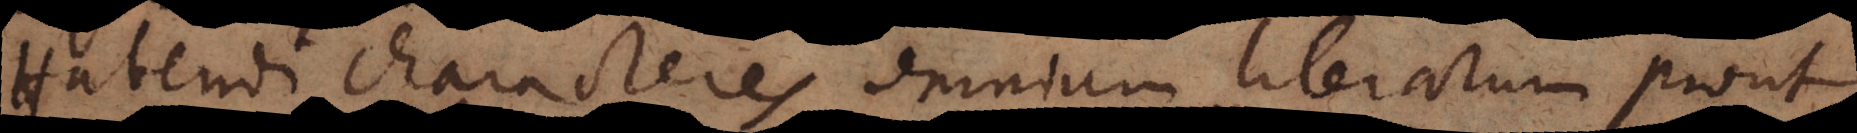
Habendi characteres omnium literarum prout